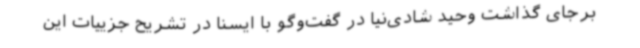
برجای گذاشت وحید شادی‌نیا در گفت‌وگو با ایسنا در تشریح جزییات این